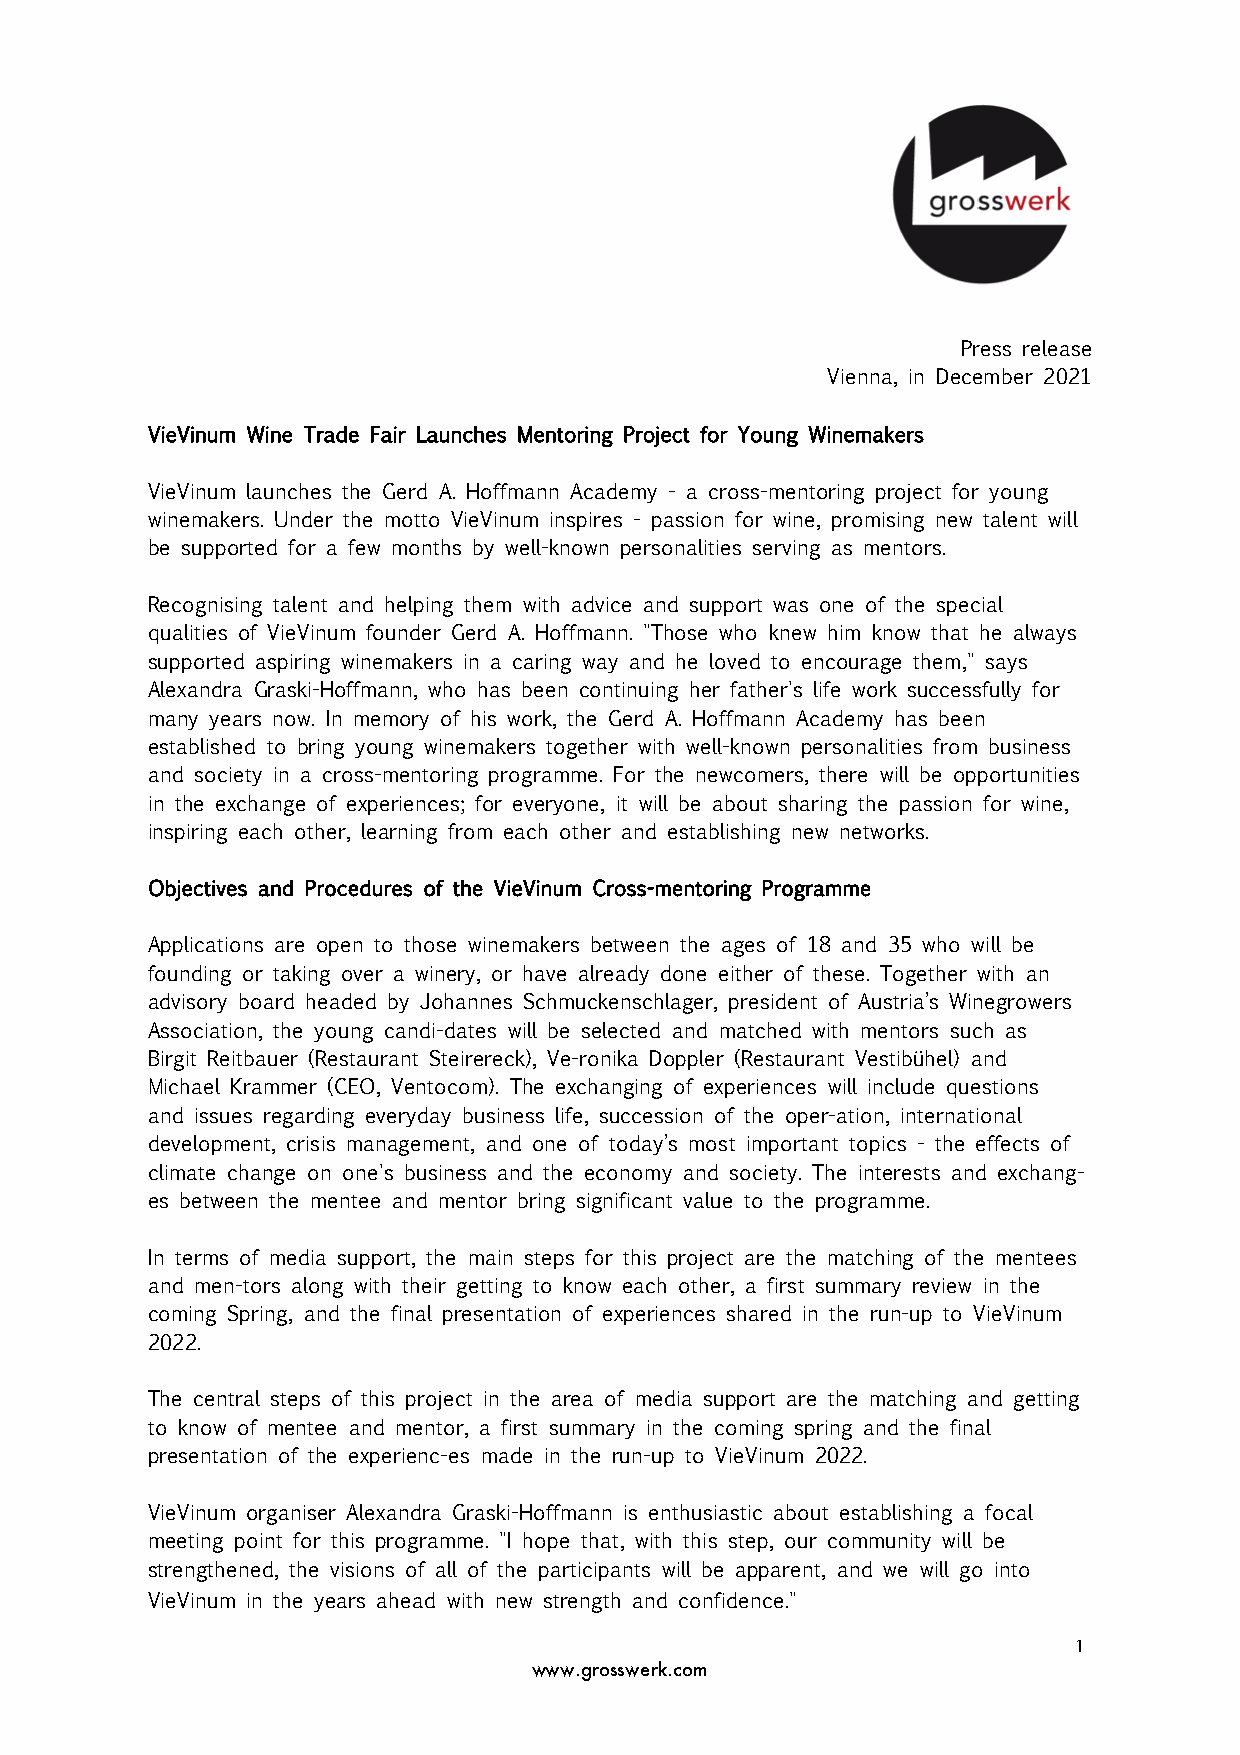
Press release
 Vienna, in December 2021
 VieVinum Wine Trade Fair Launches Mentoring Project for Young Winemakers
 VieVinum launches the Gerd A. Hoffmann Academy - a cross-mentoring project for young
 winemakers. Under the motto VieVinum inspires - passion for wine, promising new talent will
 be supported for a few months by well-known personalities serving as mentors.
 Recognising talent and helping them with advice and support was one of the special
 qualities of VieVinum founder Gerd A. Hoffmann. "Those who knew him know that he always
 supported aspiring winemakers in a caring way and he loved to encourage them," says
 Alexandra Graski-Hoffmann, who has been continuing her father's life work successfully for
 many years now. In memory of his work, the Gerd A. Hoffmann Academy has been
 established to bring young winemakers together with well-known personalities from business
 and society in a cross-mentoring programme. For the newcomers, there will be opportunities
 in the exchange of experiences; for everyone, it will be about sharing the passion for wine,
 inspiring each other, learning from each other and establishing new networks.
 Objectives and Procedures of the VieVinum Cross-mentoring Programme
 Applications are open to those winemakers between the ages of 18 and 35 who will be
 founding or taking over a winery, or have already done either of these. Together with an
 advisory board headed by Johannes Schmuckenschlager, president of Austria’s Winegrowers
 Association, the young candi-dates will be selected and matched with mentors such as
 Birgit Reitbauer (Restaurant Steirereck), Ve-ronika Doppler (Restaurant Vestibühel) and
 Michael Krammer (CEO, Ventocom). The exchanging of experiences will include questions
 and issues regarding everyday business life, succession of the oper-ation, international
 development, crisis management, and one of today’s most important topics - the effects of
 climate change on one's business and the economy and society. The interests and exchang-
 es between the mentee and mentor bring significant value to the programme.
 In terms of media support, the main steps for this project are the matching of the mentees
 and men-tors along with their getting to know each other, a first summary review in the
 coming Spring, and the final presentation of experiences shared in the run-up to VieVinum
 2022.
 The central steps of this project in the area of media support are the matching and getting
 to know of mentee and mentor, a first summary in the coming spring and the final
 presentation of the experienc-es made in the run-up to VieVinum 2022.
 VieVinum organiser Alexandra Graski-Hoffmann is enthusiastic about establishing a focal
 meeting point for this programme. "I hope that, with this step, our community will be
 strengthened, the visions of all of the participants will be apparent, and we will go into
 VieVinum in the years ahead with new strength and confidence."
 1
 www.grosswerk.com